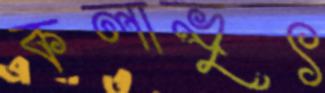
কলাভৃৎ